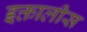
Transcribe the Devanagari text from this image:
इक्तालीस